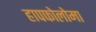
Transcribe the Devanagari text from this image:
हापफोलोमा